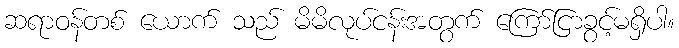
ဆရာဝန်တစ် ယောက် သည် မိမိလုပ်ငန်းအတွက် ကြော်ငြာခွင့်မရှိပါ။